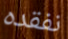
نفقده